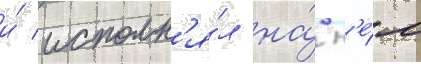
и́ исполн'я́л на́ н'е́м